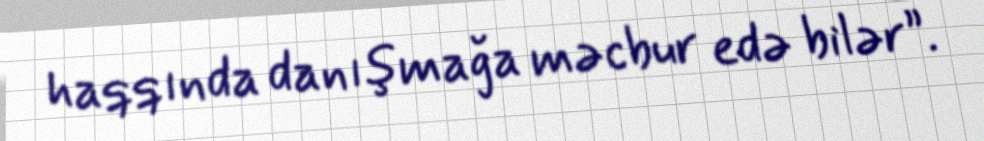
haqqında danışmağa məcbur edə bilər”.